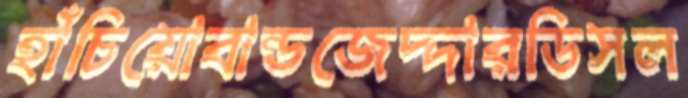
হাঁচিয়োবান্ডজেদ্দারডিসল